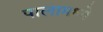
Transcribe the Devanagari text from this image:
पालामध्ये